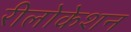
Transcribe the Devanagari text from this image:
रीलोकेशन